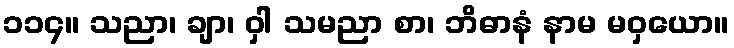
၁၁၄။ သညာ၊ ချာ၊ ဝှါ သမညာ စာ၊ ဘိဓာနံ နာမ မဝှယော။